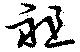
祖